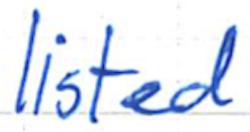
Text: listed
Cross-out: clean
Writing tool: ballpoint